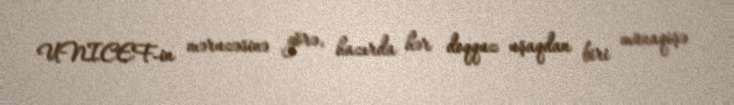
UNICEF-in məruzəsinə görə, hazırda hər doqquz uşaqdan biri münaqişə